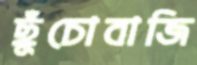
ছুঁচোবাজি